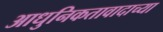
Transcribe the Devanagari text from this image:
आधुनिकतावादाच्या